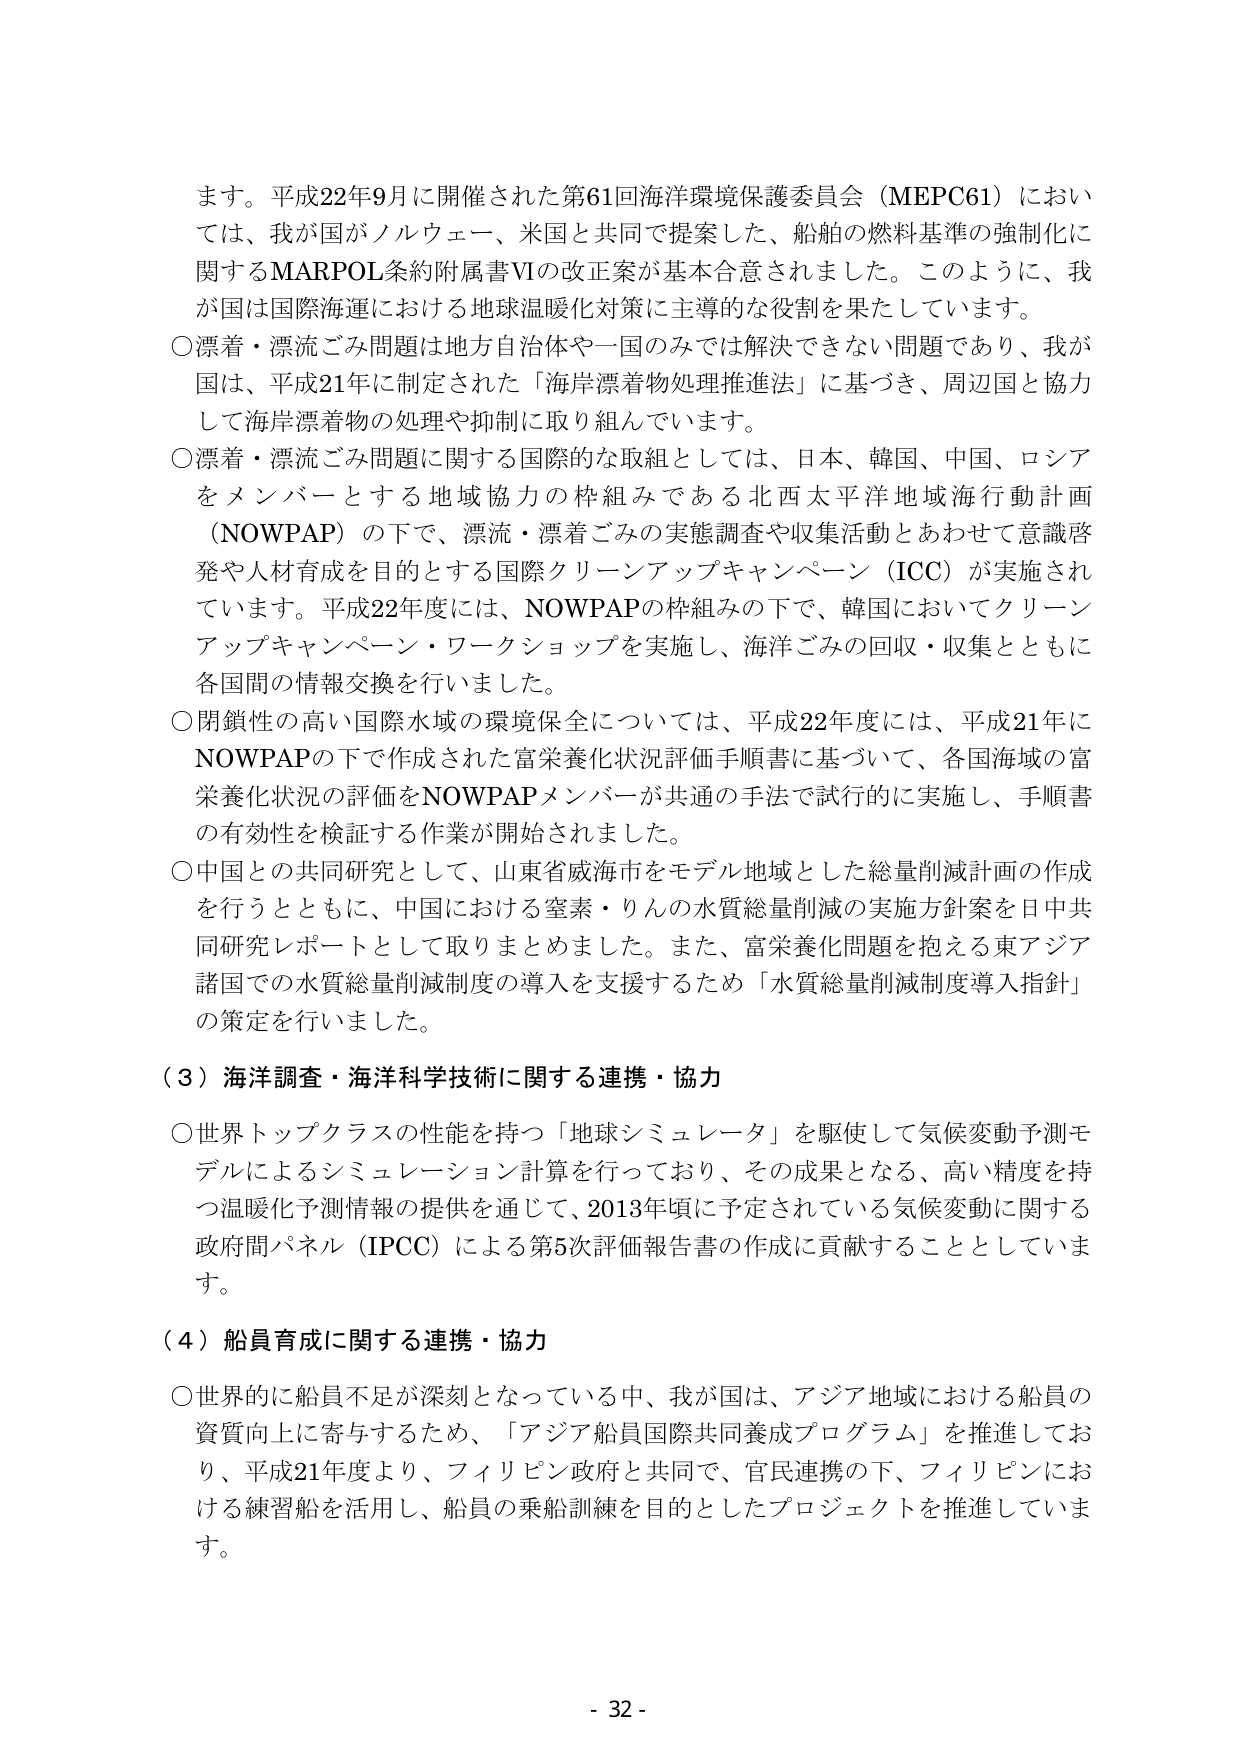
ます。平成22年9月に開催された第61回海洋環境保護委員会（MEPC61）においては、我が国がノルウェー、米国と共同で提案した、船舶の燃料基準の強制化に関するMARPOL条約附属書VIの改正案が基本合意されました。このように、我が国は国際海運における地球温暖化対策に主導的な役割を果たしています。

○漂着・漂流ごみ問題は地方自治体や一国のみでは解決できない問題であり、我が国は、平成21年に制定された「海岸漂着物処理推進法」に基づき、周辺国と協力して海岸漂着物の処理や抑制に取り組んでいます。

○漂着・漂流ごみ問題に関する国際的な取組としては、日本、韓国、中国、ロシアをメンバーとする地域協力の枠組みである北西太平洋地域海行動計画（NOWPAP）の下で、漂流・漂着ごみの実態調査や収集活動とあわせて意識啓発や人材育成を目的とする国際クリーンアップキャンペーン（ICC）が実施されています。平成22年度には、NOWPAPの枠組みの下で、韓国においてクリーンアップキャンペーン・ワークショップを実施し、海洋ごみの回収・収集とともに各国間の情報交換を行いました。

○閉鎖性の高い国際水域の環境保全については、平成22年度には、平成21年にNOWPAPの下で作成された富栄養化状況評価手順書に基づいて、各国海域の富栄養化状況の評価をNOWPAPメンバーが共通の手法で試行的に実施し、手順書の有効性を検証する作業が開始されました。

○中国との共同研究として、山東省威海市をモデル地域とした総量削減計画の作成を行うとともに、中国における窒素・りんの水質総量削減の実施方針案を日中共同研究レポートとして取りまとめました。また、富栄養化問題を抱える東アジア諸国での水質総量削減制度の導入を支援するため「水質総量削減制度導入指針」の策定を行いました。

（3）海洋調査・海洋科学技術に関する連携・協力

○世界トップクラスの性能を持つ「地球シミュレータ」を駆使して気候変動予測モデルによるシミュレーション計算を行っており、その成果となる、高い精度を持つ温暖化予測情報の提供を通じて、2013年頃に予定されている気候変動に関する政府間パネル（IPCC）による第5次評価報告書の作成に貢献することとしています。

（4）船員育成に関する連携・協力

○世界的に船員不足が深刻となっている中、我が国は、アジア地域における船員の資質向上に寄与するため、「アジア船員国際共同養成プログラム」を推進しており、平成21年度より、フィリピン政府と共同で、官民連携の下、フィリピンにおける練習船を活用し、船員の乗船訓練を目的としたプロジェクトを推進しています。

- 32 -